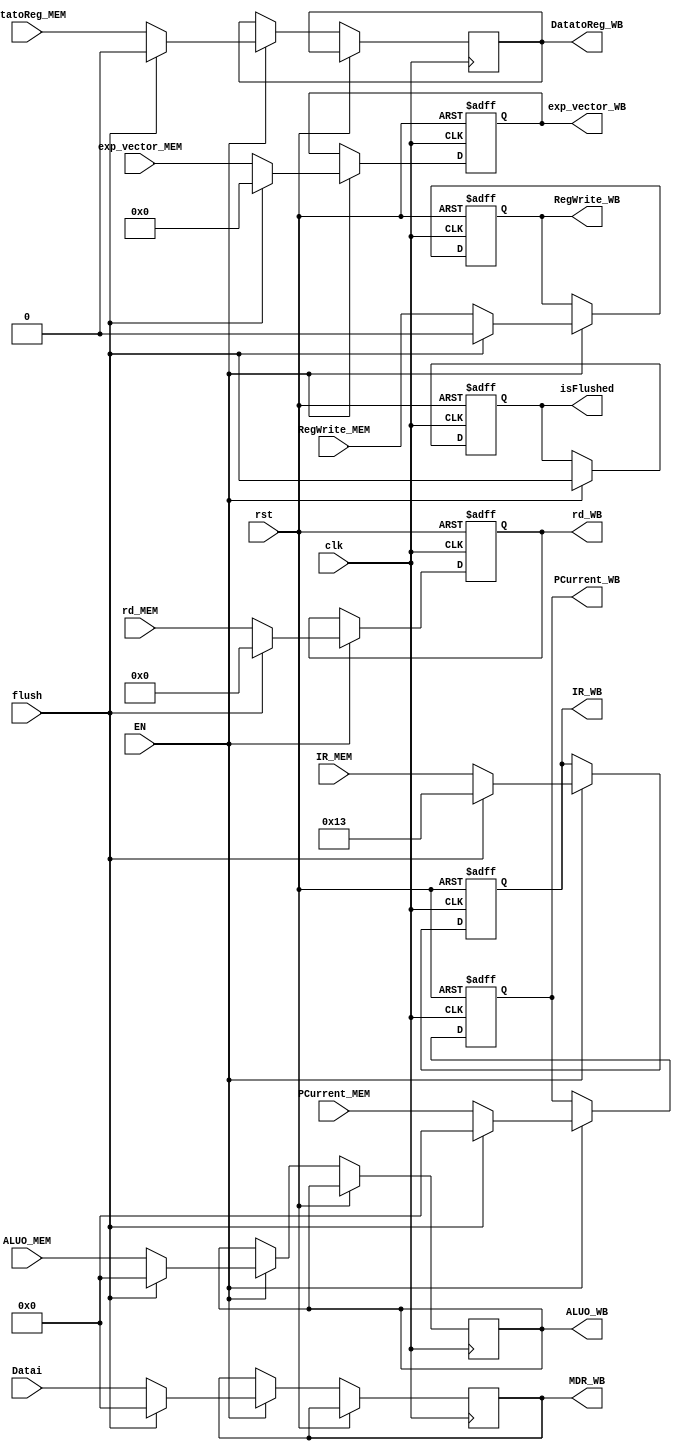
`timescale 1ns / 1ps
//////////////////////////////////////////////////////////////////////////////////
// Company:
// Engineer:
//
// Design Name:
// Module Name:    REGS EX/MEM Latch
// Project Name:
// Target Devices:
// Tool versions:
// Description:
//
// Dependencies:
//
// Revision:
// Revision 0.01 - File Created
// Additional Comments:
//
//////////////////////////////////////////////////////////////////////////////////
module   REG_MEM_WB(input clk,                                      //MEM/WB Latch
                    input rst,
                    input EN,                                       //
                    input flush,                                    //
                    input [31:0] IR_MEM,                            //()
                    input [63:0] PCurrent_MEM,                      //
                    input [63:0] ALUO_MEM,                          //ALUALU
                    input [63:0] Datai,                             //MIOlCPU
                    input [4:0]  rd_MEM,                            //
                    input DatatoReg_MEM,                            //REG
                    input RegWrite_MEM,                             //
                    input [5:0]  exp_vector_MEM,                    //[illegal inst | SRET | ECALL | inst page fault | load page fault | store page fault]
                    output reg[63:0] PCurrent_WB,                   //
                    output reg[31:0] IR_WB,                         //()
                    output reg[63:0] ALUO_WB,                       //ALUALU
                    output reg[63:0] MDR_WB,                        //MIOCPU
                    output reg[4:0]  rd_WB,                         //
                    output reg       DatatoReg_WB,                  //REG
                    output reg       RegWrite_WB,                   //
                    output reg isFlushed,                           //MEM_WBflush
                    output reg [5:0]exp_vector_WB                   //
                );

    always @(posedge clk or posedge rst) begin
        if (rst) begin
            rd_WB       <= 0;
            RegWrite_WB <= 0;
            IR_WB       <= 0;
            PCurrent_WB <= 0;
            isFlushed   <= 0;
            exp_vector_WB   <= 6'b0;
        end
        else if (EN) begin                                  //EXMEM
            isFlushed       <= flush;
            if (flush) begin
                IR_WB           <= 32'h00000013;            //nop
                PCurrent_WB     <= 0;
                ALUO_WB         <= 0;
                MDR_WB          <= 0;
                rd_WB           <= 0;
                RegWrite_WB     <= 0;
                DatatoReg_WB    <= 0;
                exp_vector_WB   <= 0;
            end
            else
            begin
                IR_WB           <= IR_MEM;
                PCurrent_WB     <= PCurrent_MEM;                ////MEM/WB.PC
                ALUO_WB         <= ALUO_MEM;                    //ALU
                MDR_WB          <= Datai;                       //
                rd_WB           <= rd_MEM;                      //
                RegWrite_WB     <= RegWrite_MEM;                //
                DatatoReg_WB    <= DatatoReg_MEM;               //REG
                exp_vector_WB   <= exp_vector_MEM;
            end
        end
    end

endmodule